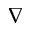
\nabla